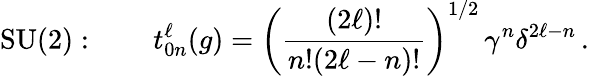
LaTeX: \mathrm{SU(2)}:\qquad t_{0n}^{\ell}(g)=\left(\frac{(2\ell)!}{n!{(2\ell-n)!}}\right)^{1/2}\, \gamma^{n}\delta^{2\ell-n}\, .